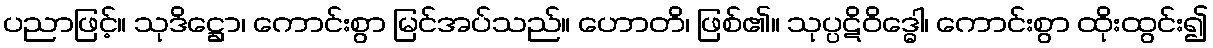
ပညာဖြင့်။ သုဒိဋ္ဌော၊ ကောင်းစွာ မြင်အပ်သည်။ ဟောတိ၊ ဖြစ်၏။ သုပ္ပဋိဝိဒ္ဓေါ၊ ကောင်းစွာ ထိုးထွင်း၍